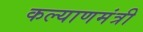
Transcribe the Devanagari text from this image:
कल्याणमंत्री